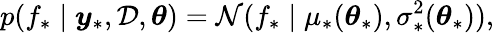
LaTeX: p(f_{*}\mid\boldsymbol{y}_{*},\mathcal{D},\boldsymbol{\theta})=\mathcal{N}(f_{*}\mid\mu_{*}(\boldsymbol{\theta}_{*}),\sigma_{*}^{2}(\boldsymbol{\theta}_{*})),